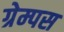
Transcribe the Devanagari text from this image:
ग्रेम्पस